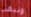
ونبقى